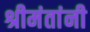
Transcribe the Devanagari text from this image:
श्रीमंतांनी